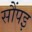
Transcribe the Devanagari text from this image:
सौंपइ